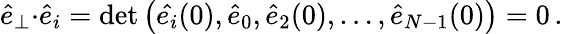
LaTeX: \begin{array}{r}{\hat{e}_{\perp}{\cdot}\hat{e}_{i}=\operatorname*{det}\big(\hat{e_{i}}(0),\hat{e}_{0},\hat{e}_{2}(0),\dots,\hat{e}_{N-1}(0)\big)=0\, .}\end{array}